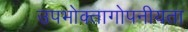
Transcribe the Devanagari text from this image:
उपभोक्तागोपनीयता